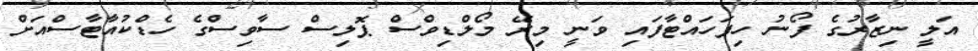
އަލީ ނިޒާރުގެ ފޯނު ހިފަހައްޓާފައި ވަނީ މިރޭ މޯލްޑިވްސް ޕޮލިސް ސާވިސްގެ ހެޑްކުއާޓާސްއަށް